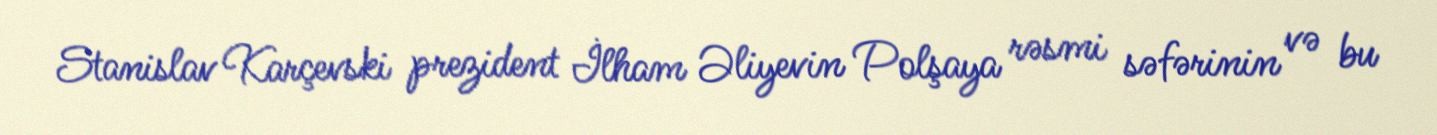
Stanislav Karçevski prezident İlham Əliyevin Polşaya rəsmi səfərinin və bu